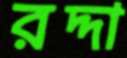
রদ্দা